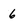
Character: 6